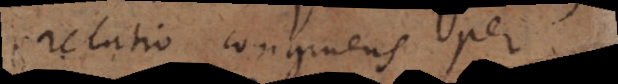
relatio congruens per